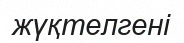
жүқтелгені